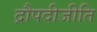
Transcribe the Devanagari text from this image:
द्रौपदीजीति